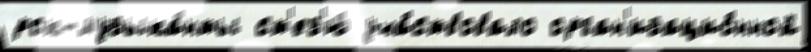
рок-музыка́нты ст'ез'ю́ уча́ствовало орган'изацио́нной